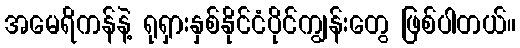
အမေရိကန်နဲ့ ရုရှားနှစ်နိုင်ငံပိုင်ကျွန်းတွေ ဖြစ်ပါတယ်။